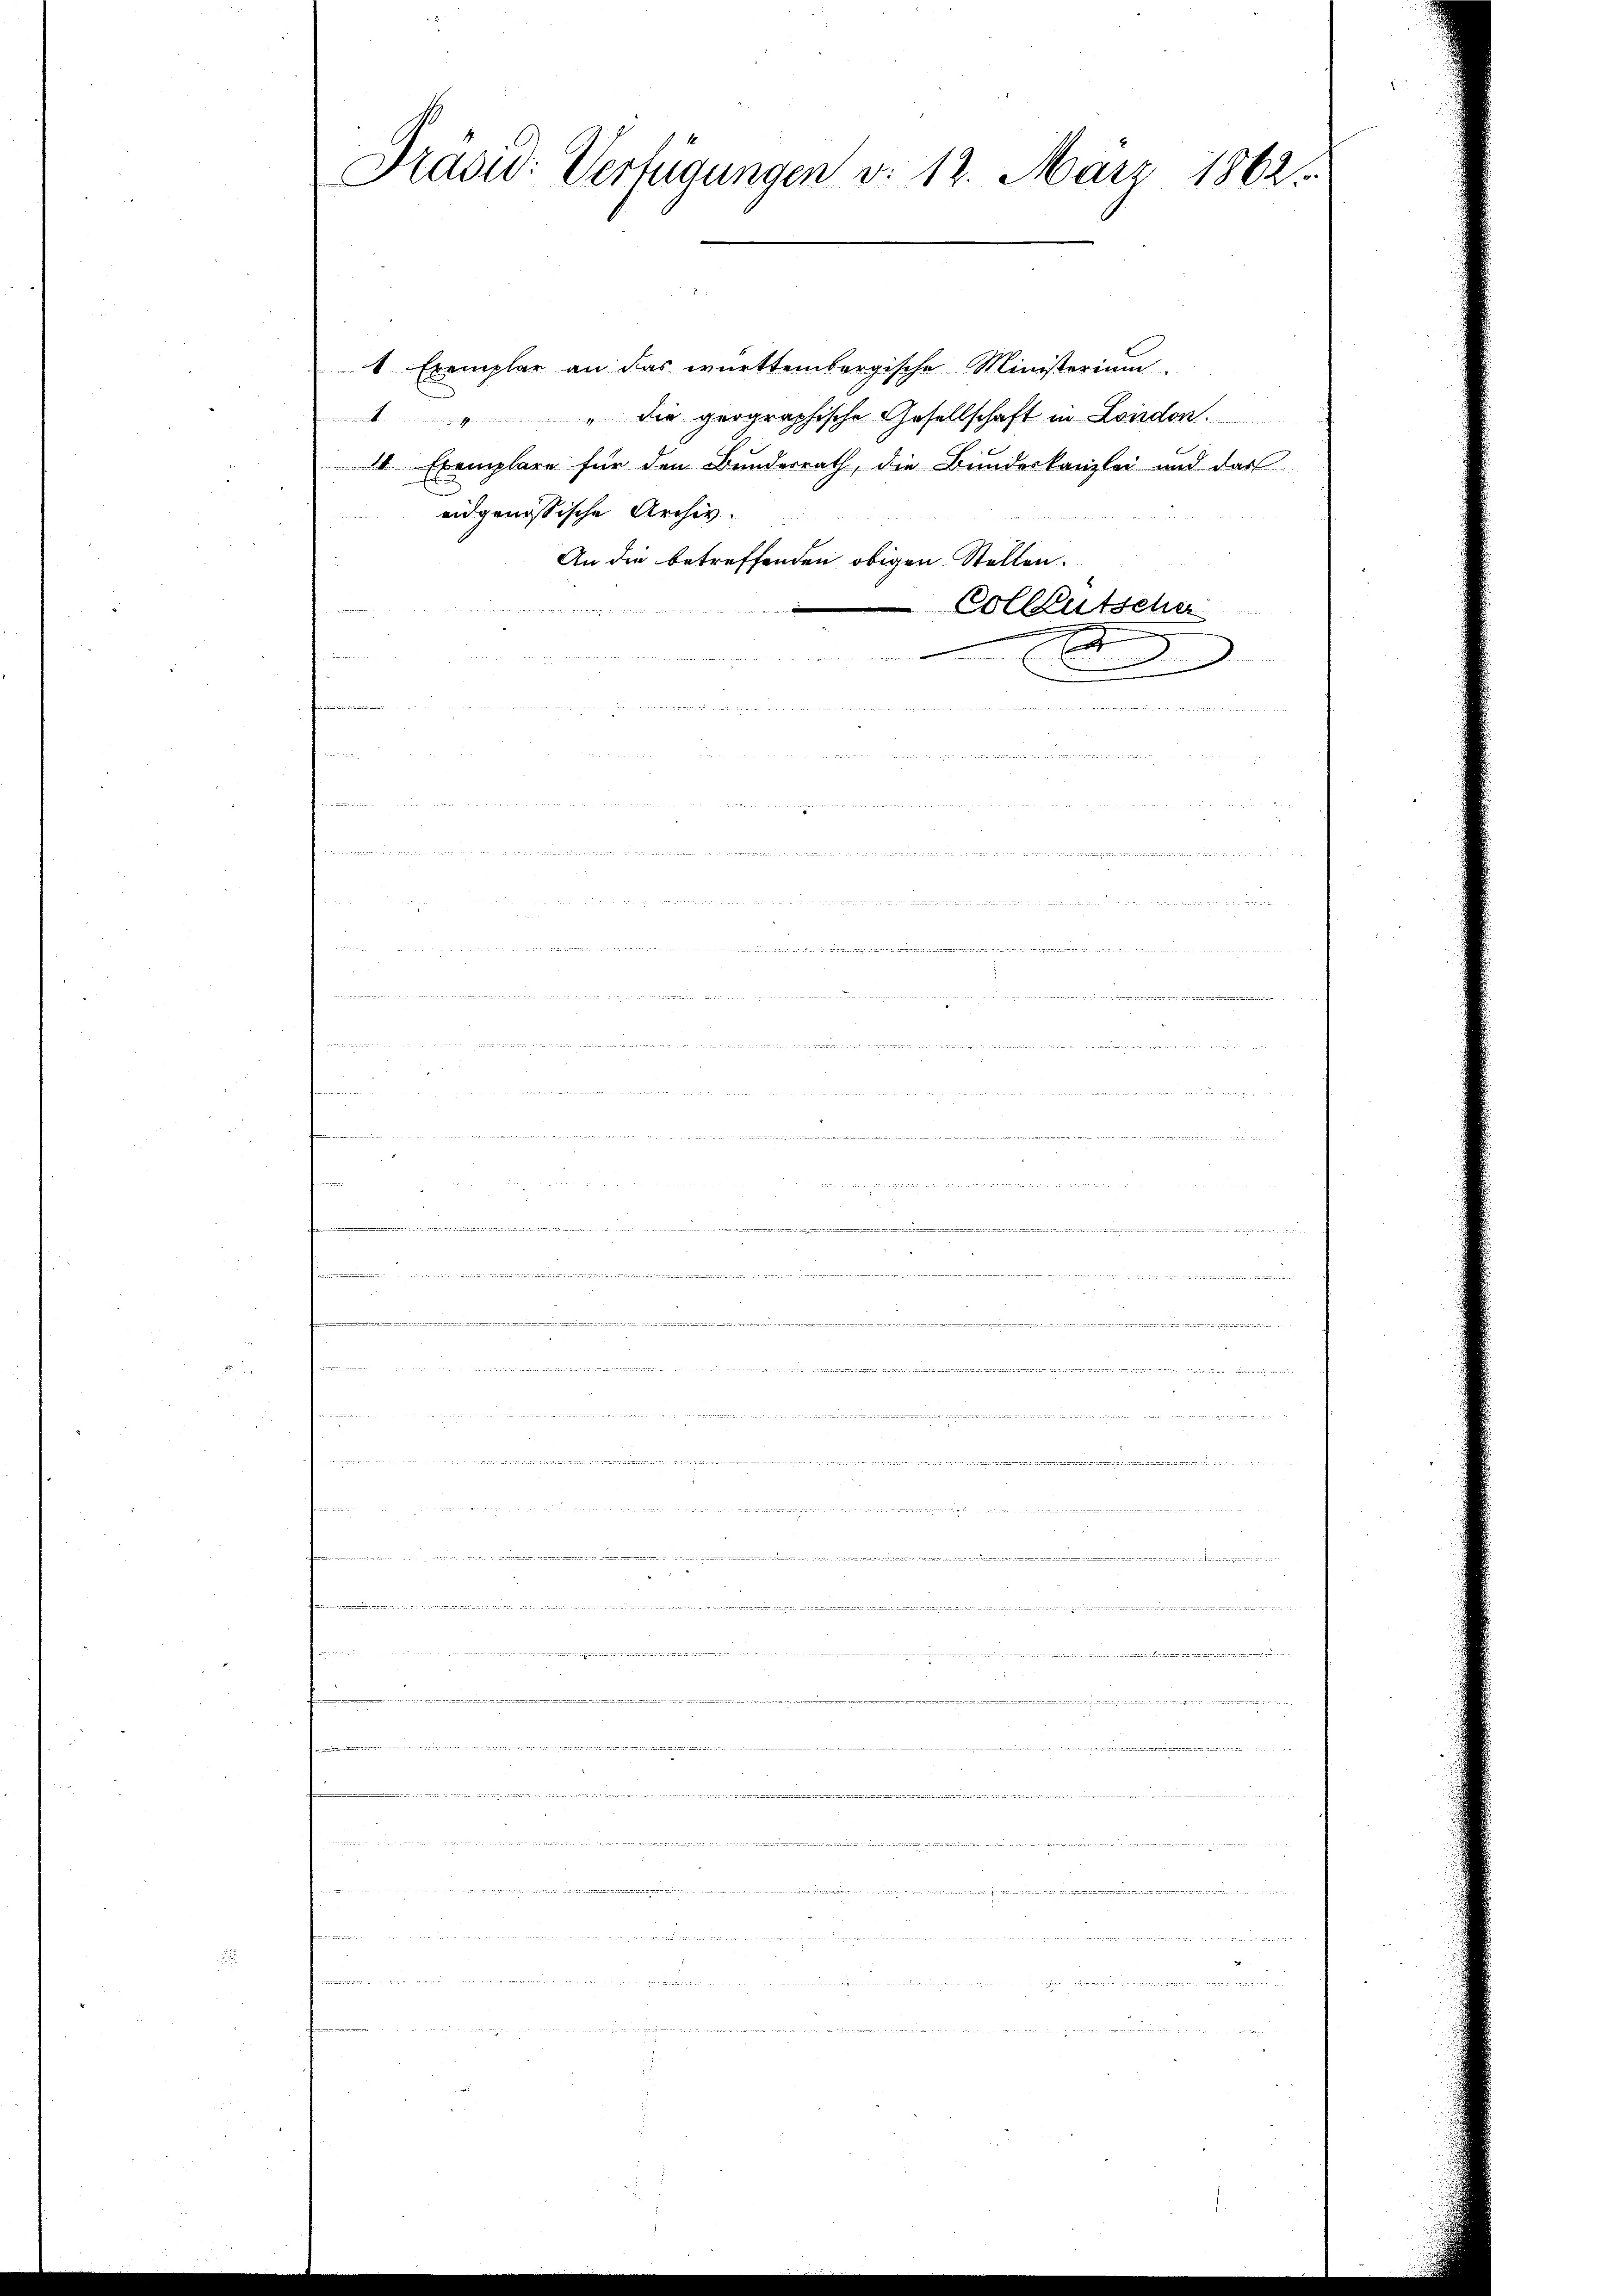
Präsid. Verfügungen v. 12. März 1862.

4 Exemplar an das württembergische Ministerium
1 " " die geographische Gesellschaft in London.
4 Exemplare für den Bundesrath, die Bundeskanzlei und das
eidgenössische Archiv.
An die betreffenden obigen Stellen.
c
Vollkutsche
A
e atte ich der ist der

n

a

, und den
a tritt nichten d. Mts. ad auch sei der von auf 15 fest auf die ich einer den 5 f 12

und diesen wenn es sie gegen, so diesen und ge

 sah in der an des und
.
, hat dem man

.

r. 212135, 391, 151524/G,1524/G,2604/G,24/G,1551/G,3415
n
.
i hatte er sie inter zu der er

dee here bei der den hatten der der an den der mit in der nicht andenen mit denen Wert und
 me ich

n
weder der Mitth
hat sie ein Vater

und

eater den werden unteres und der beiden |

.

i

u
e